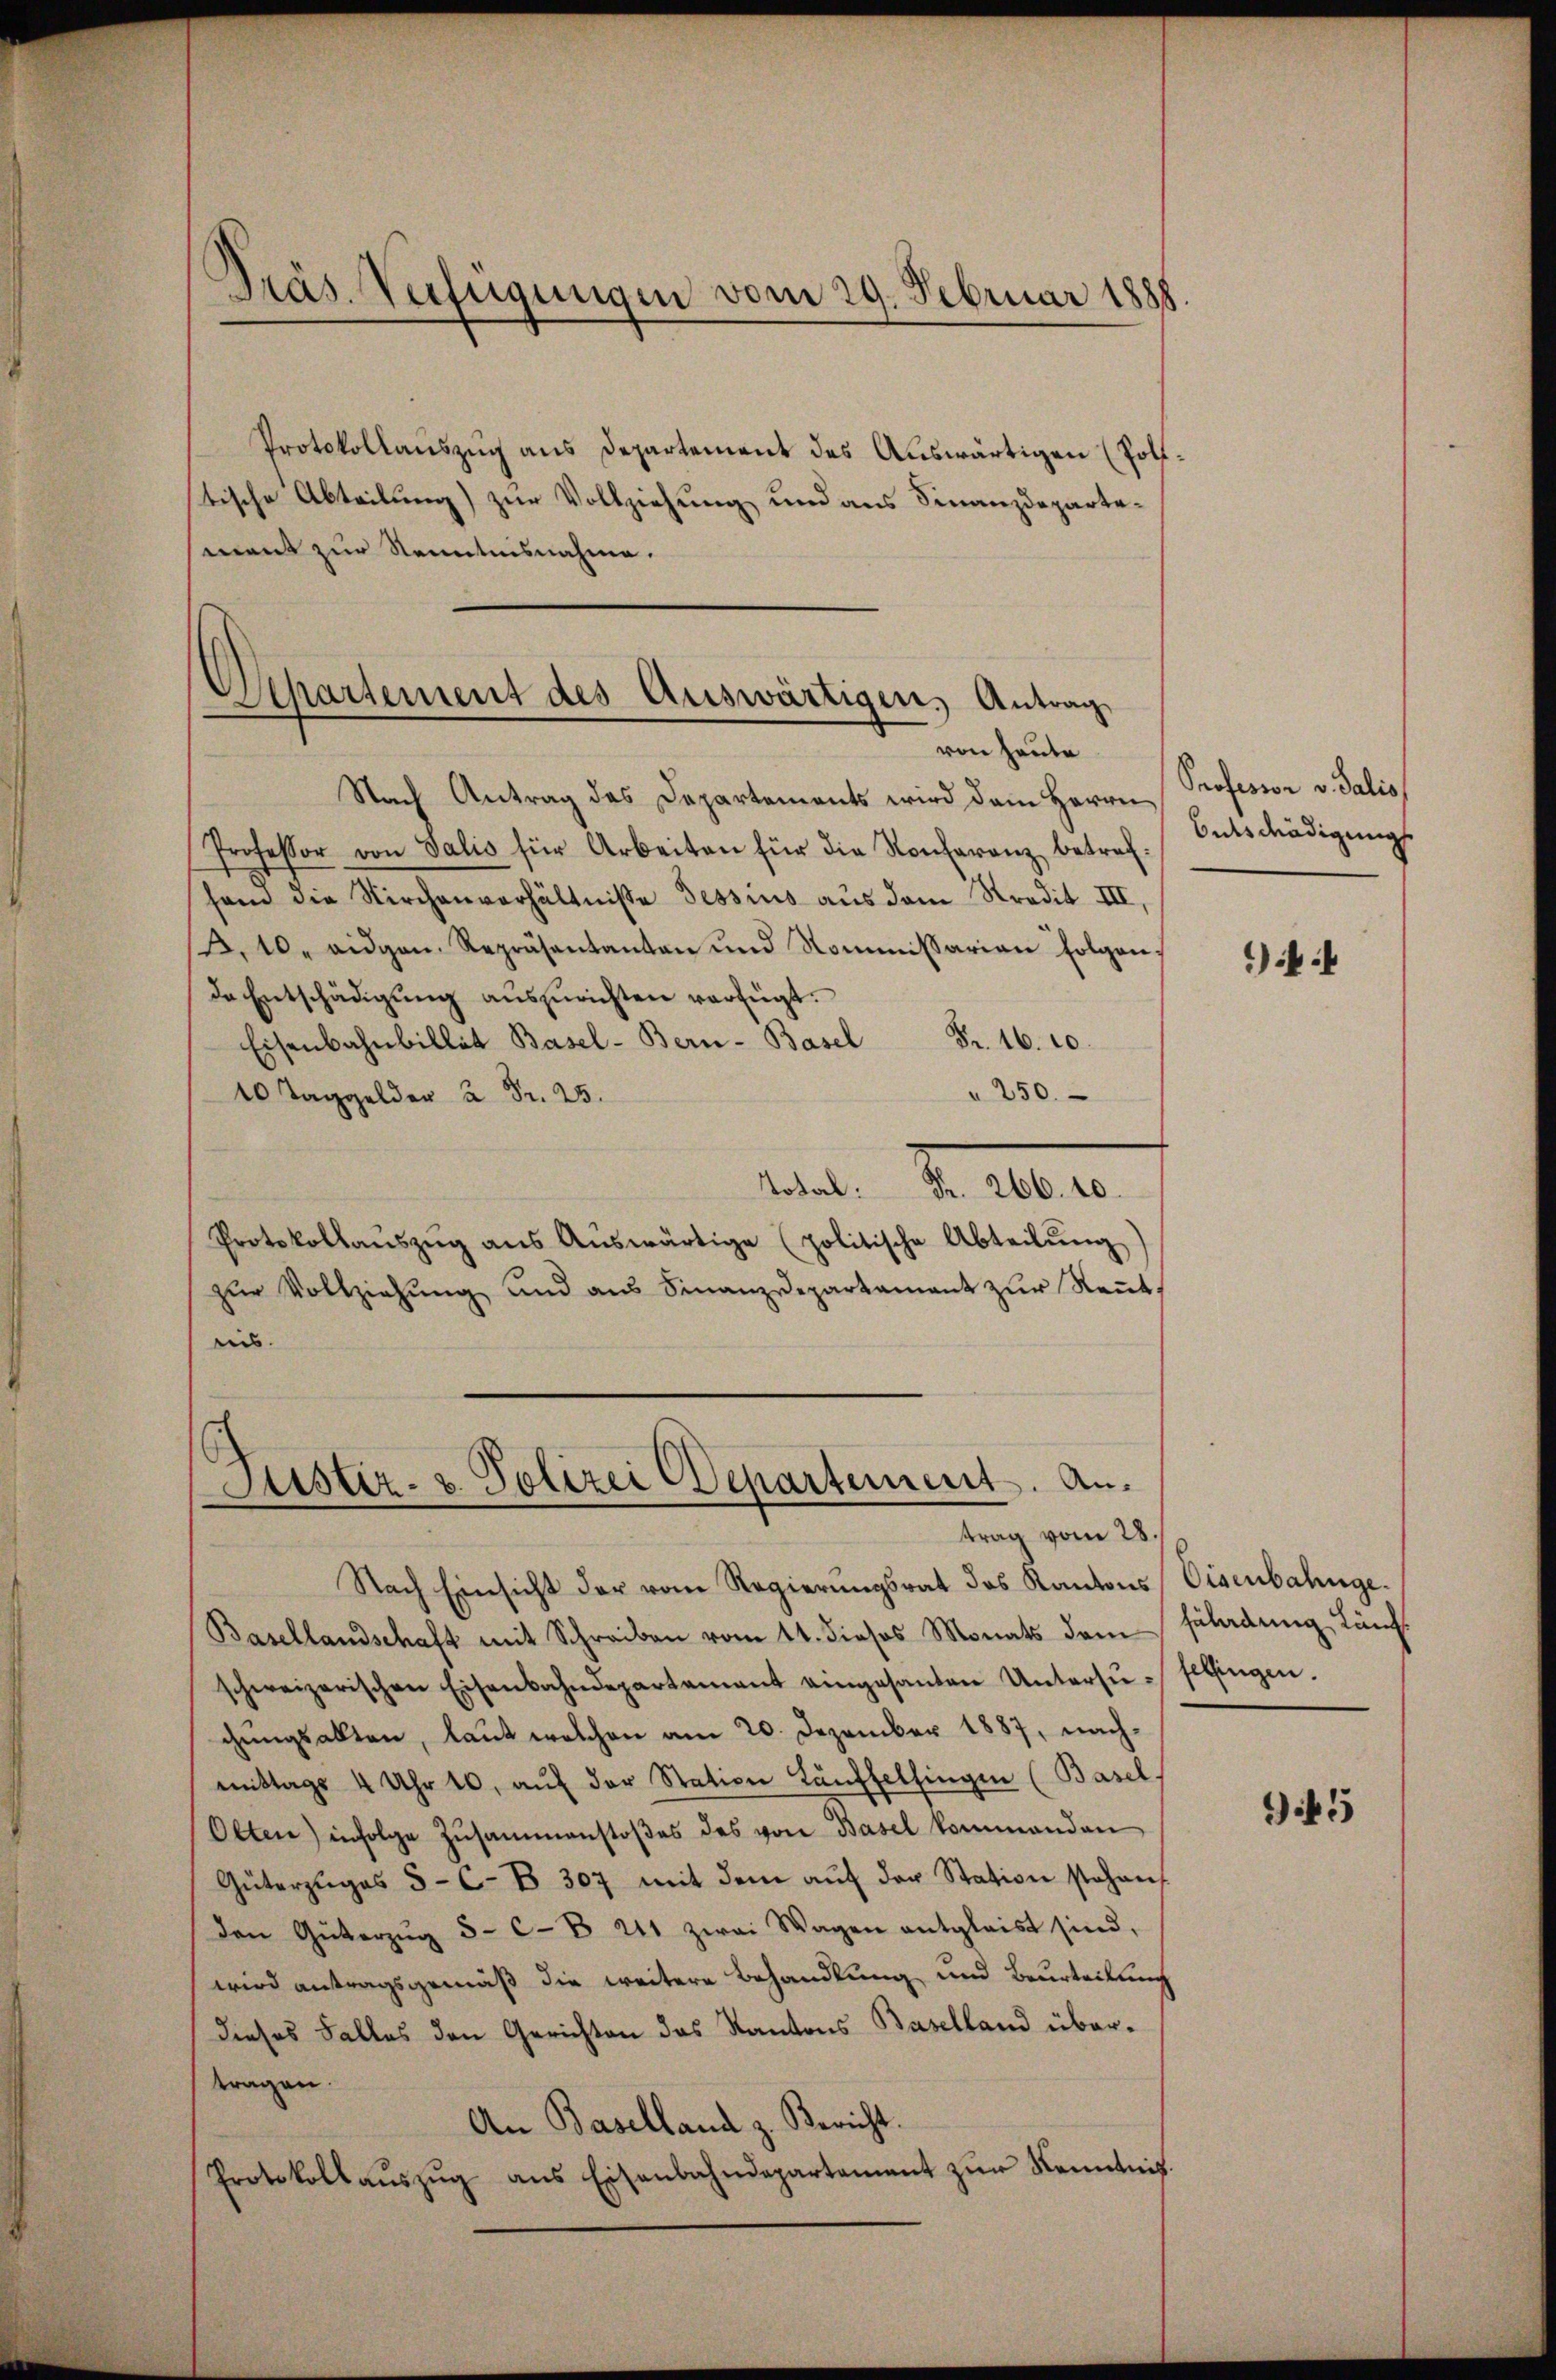
Präs. Verfügungen vom 29. Februar 1888.

Protokollauszug aus Departement des Auswärtigen (Polftische Abteilung) zur Vollziehung und aus Finanzdepartement zur Kenntnisnahme.

Departement des Auswärtigen, Antrag
von heute
Nach Antrag des Departements wird dem Herrn Professor v. Salis

Professor von Salis für Arbeiten für die Konferenz betrefsam die Kirchenverhältniße Sessius aus dem Stradit III,
. 10. eidgen. Repräsentanten und Kommissarian Folgen,
de Entschädigŭng auszurichten verfügt.
Fr. 16. 10.
Eisenbahnbillet Basel-Bern-Basel
" 250.
.
Mal. S. 100
Protokollaŭszŭg aŭs Aŭswärtige (politische Abteilŭng
zur Vollziehung und aus Finanzdepartament zur Kennt,
eis.

Justiz- u. Polizei Departement. Antrag vom 28.

Nach Einsicht der vom Regierŭngsrat des Kantons Eisenbahnge¬
Basellandschaft mit Schreiben vom 11. dieses Monats dem
schweizerischen Eisenbahndepartement eingesanten Untersugŭngsalten, laut welchen am 20. Dezember 1887, nachmittags 4 Uhr 10. aŭf der Station Lauffelsingen (Basel,
Olten) infolge Zŭsammenstoβes des von Basel kommanden
Güterzŭges 5-C-B 307 mit dem aŭf der Station stehen
den Güterzŭg 5- C-B 241 zwei Wagen entgleist sind,
wird antragsgemäß die weitere Behandlung und Beurteilung
Dieses Falles den Gerichten das Kantons Baselland übertragen.
An Baselland z. Bericht.
Protokollaŭszŭg ans Eisenbahndepartement zŭr Kenntnis.

Entschädigung

4

füladung Läuffelfingen.

1